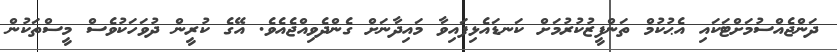
ދަންޖެއްސުމަށްޓަކައި އެޙުކުމް ތަންފީޒުކުރުމަށް ކަނޑައެޅިފައިވާ މައިދާނަށް ގެންދެވިއްޖެއެވެ. އޭގެ ކުރީން ދުވަހަކުވެސް މީސްތަކުން